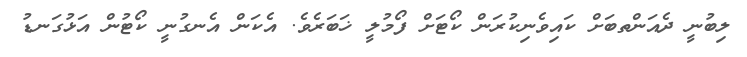
ލިބުނީ ދެއަންތބަށް ކައިވެނިކުރަން ކޯޓަށް ފޯމުލީ ޚަބަރެވެ. އެކަން އެނގުނީ ކޯޓުން އަޅުގަނޑު